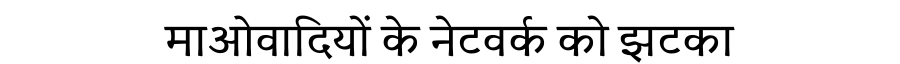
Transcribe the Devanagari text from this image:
माओवादियों के नेटवर्क को झटका